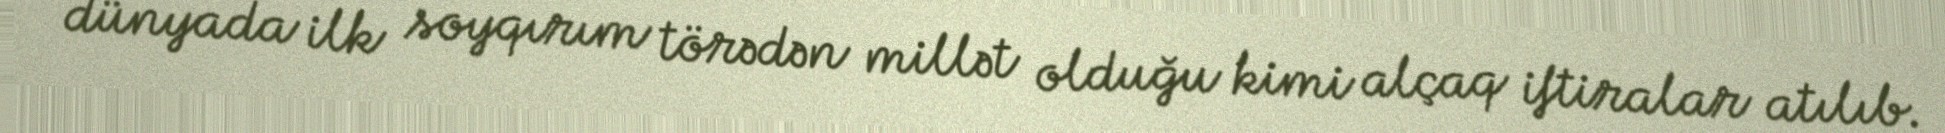
dünyada ilk soyqırım törədən millət olduğu kimi alçaq iftiralar atılıb.